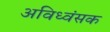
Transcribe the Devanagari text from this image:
अविध्वंसक